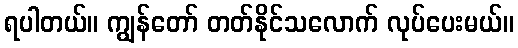
ရပါတယ်။ ကျွန်တော် တတ်နိုင်သလောက် လုပ်ပေးမယ်။